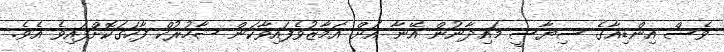
ވެސް އިންޑިއާގެ ސިޔާސީ މައިދާނުން އޭނާ އަށް އަމާޒުވެފައިވާކަން ޝާހުރުކް ފާހަގަކޮށްފައިވެ އެވެ.